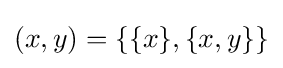
(x,y)=\{\{x\},\{x,y\}\}